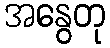
အနွေတု